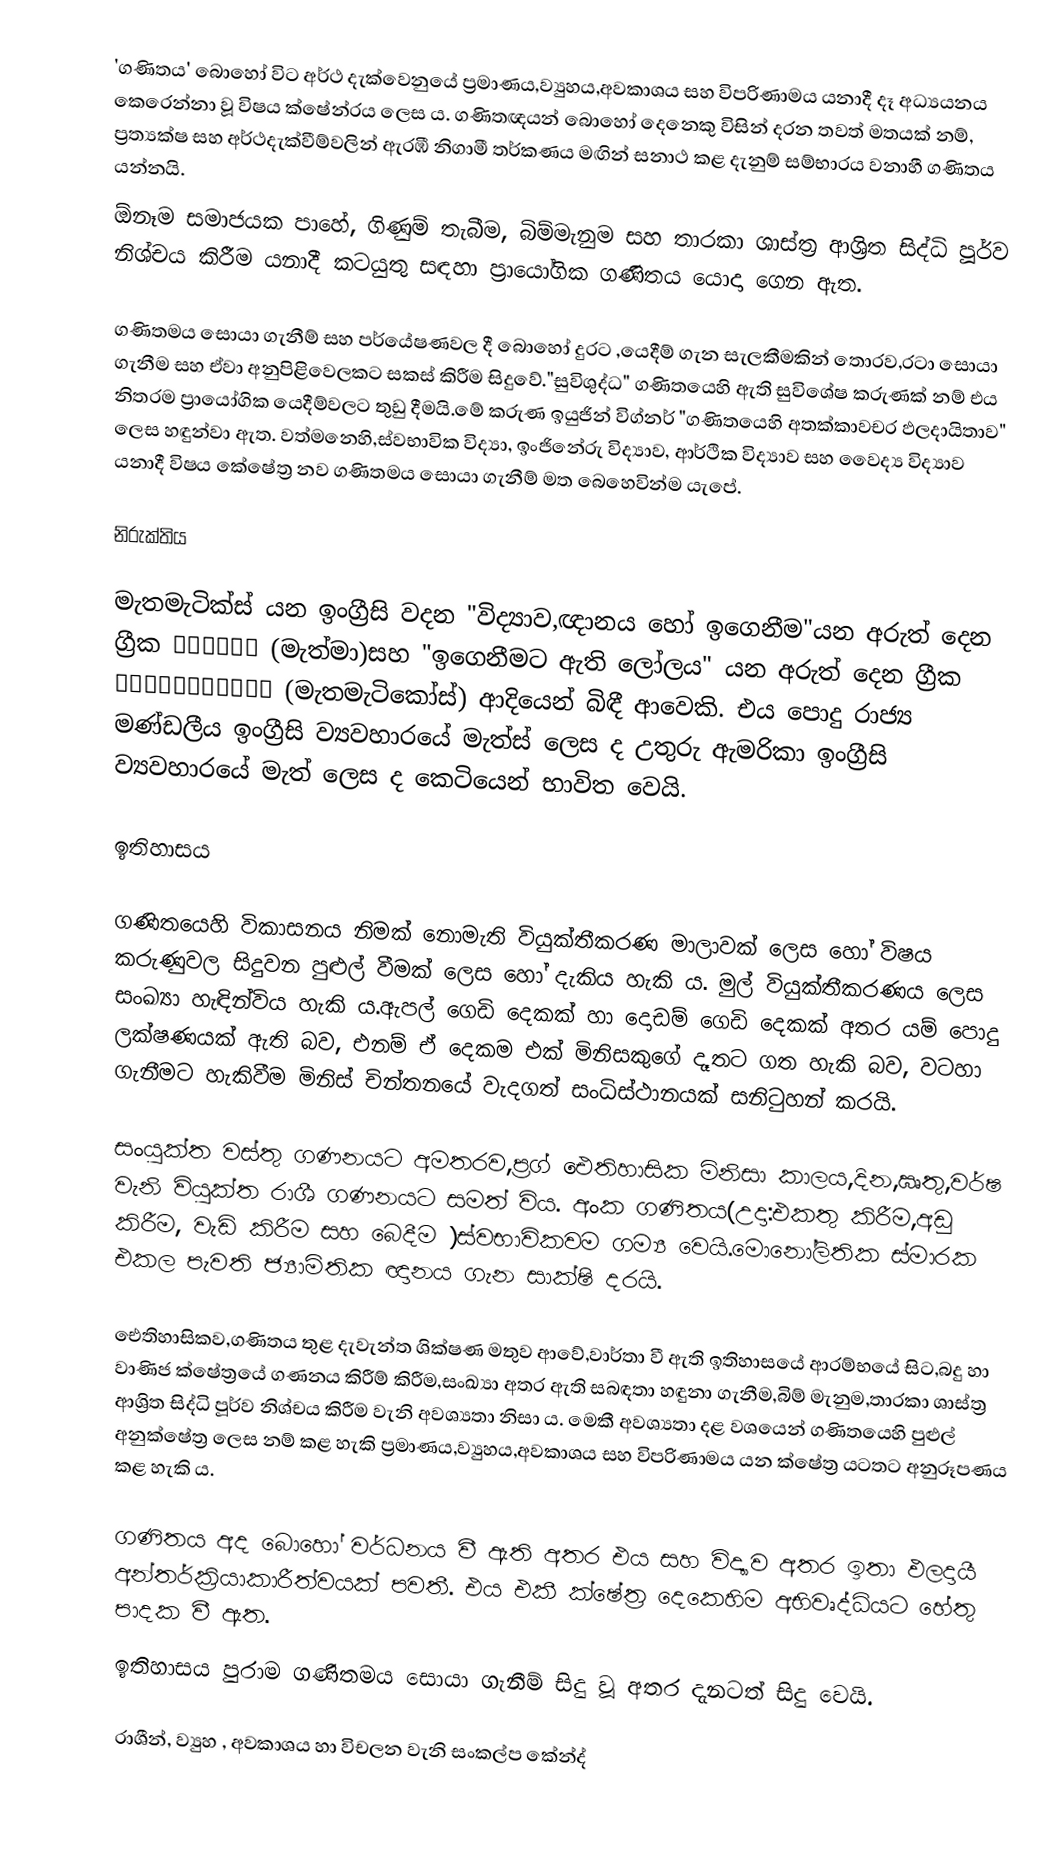
'ගණිතය' බොහෝ විට අර්ථ දැක්වෙනුයේ ප්‍රමාණය,ව්‍යුහය,අවකාශය සහ විපරිණාමය යනාදී දෑ අධ්‍යයනය කෙරෙන්නා වූ විෂය ක්ෂේන්‍රය ලෙස ය. ගණිතඥයන් බොහෝ දෙනෙකු විසින් දරන තවත් මතයක් නම්, ප්‍රත්‍යක්ෂ සහ අර්ථදැක්වීම්වලින් ඇරඹී නිගාමී තර්කණය මඟින් සනාථ කළ දැනුම් සම්භාරය වනාහී ගණිතය යන්නයි.
ඕනෑම සමාජයක පාහේ, ගිණුම් තැබීම, බිම්මැනුම සහ තාරකා ශාස්ත්‍ර ආශ්‍රිත සිද්ධි පූර්ව නිශ්චය කිරීම යනාදී කටයුතු සඳහා ප්‍රායෝගික ගණිතය යොදා ගෙන ඇත.

ගණිතමය සොයා ගැනීම් සහ පර්යේෂණවල දී බොහෝ දුරට ,යෙදීම් ගැන සැලකීමකින් තොරව,රටා  සොයා ගැනීම සහ ඒවා අනුපිළිවෙලක‍ට සකස් කිරීම සිදුවේ."සුවිශුද්ධ" ගණිතයෙහි ඇති සුවිශේෂ කරුණක් නම් එය නිතරම ප්‍රායෝගික යෙදීම්වලට තුඩු දීමයි.මේ කරුණ ඉයුජින් විග්නර් "ගණිතයෙහි අතක්කාවචර ඵලදායිතාව" ලෙස හඳුන්වා ඇත. වත්මනෙහි,ස්වභාවික විද්‍යා, ඉංජිනේරු විද්‍යාව, ආර්ථික විද්‍යාව සහ වෛද්‍ය විද්‍යාව යනාදී විෂය කේෂේත්‍ර නව ගණිතමය සොයා ගැනීම් මත බෙහෙවින්ම යැපේ.

නිරුක්තිය

මැතමැටික්ස් යන ඉංග්‍රීසි වදන "විද්‍යාව,ඥානය හෝ ඉගෙනීම"යන  අරුත් දෙන ග්‍රීක μάθημα (මැත්මා)සහ "ඉගෙනීමට ඇති ලෝලය" යන අරුත් දෙන ග්‍රීක μαθηματικός (මැතමැටිකෝස්) ආදියෙන් බිඳී ආවෙකි. එය පොදු රාජ්‍ය මණ්ඩලීය ඉංග්‍රීසි ව්‍යවහාරයේ මැත්ස්  ලෙස ද උතුරු ඇමරිකා ඉංග්‍රීසි ව්‍යවහාරයේ මැත් ලෙස ද කෙටියෙන් භාවිත වෙයි.

ඉතිහාසය

ගණිතයෙහි විකාසනය නිමක් නොමැති වියුක්තීකරණ මාලාවක් ලෙස හෝ විෂය කරුණුවල සිදුවන පුළුල් වීමක් ලෙස හෝ දැකිය හැකි ය. මුල් වියුක්තීකරණය ලෙස සංඛ්‍යා හැඳින්විය හැකි ය.ඇපල් ගෙඩි දෙකක් හා දොඩම් ගෙඩි දෙකක් අතර යම් පොදු ලක්ෂණයක් ඇති බව, එනම් ඒ දෙකම එක් මිනි‍සකුගේ දෑතට ගත හැකි බව, වටහා ගැනීම‍ට  හැකිවීම මිනි‍ස් චින්තනයේ වැදගත් සංධිස්ථානයක් සනිටුහන් කරයි.

සංයුක්ත වස්තු ගණනය‍ට අමතරව,ප්‍රග් ‍ඓතිහාසික මිනිසා  කාලය,දින,ඍතු,වර්ෂ වැනි වියුක්ත රාශී ගණනය‍ට සමත් විය. අංක ගණිතය(උදා:එකතු කිරීම,අඩු කිරීම, වැඩි කිරීම සහ බෙදීම )ස්වභාවිකවම ගම්‍ය වෙයි.මොනෝලිතික ස්මාරක එකල පැවති ජ්‍යාමිතික ඥානය ගැන සාක්ෂි දරයි.

ඓතිහාසිකව,ගණිතය තුළ දැවැන්ත ශික්ෂණ මතුව ආවේ,වාර්තා වී ඇති ඉතිහාසයේ ආරම්භයේ සිට,බදු හා වාණිජ ක්ෂේත්‍රයේ ගණනය කිරීම් කිරීම,සංඛ්‍යා අතර ඇති සබඳතා හඳුනා ගැනීම,බිම් මැනුම,තාරකා ශාස්ත්‍ර ආශ්‍රිත සිද්ධි පූර්ව නිශ්චය කිරීම වැනි අවශ්‍යතා නිසා ය. මෙකී අවශ්‍යතා දළ වශයෙන් ගණිතයෙහි පුළුල් අනුක්ෂේත්‍ර ලෙස නම් කළ හැකි  ප්‍රමාණය,ව්‍යුහය,අවකාශය සහ විපරිණාමය  යන ක්ෂේත්‍ර යටතට අනුරූපණය කළ හැකි ය.

ගණිතය අද බොහෝ වර්ධනය වී ඇති අතර එය සහ විද්‍යාව අතර ඉතා ඵලදායී අන්තර්ක්‍රියාකාරීත්වයක් පවතී.  එය එකී  ක්ෂේත්‍ර දෙකෙහිම අභිවෘද්ධියට හේතු පාදක වී ඇත.
ඉතිහාසය පුරාම ගණිතමය සොයා ගැනීම් සිදු වූ අතර දැනටත් සිදු වෙයි.

රාශීන්, ව්‍යුහ , අවකාශය හා විචලන වැනි සංකල්ප කේන්ද්‍